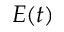
E ( t )